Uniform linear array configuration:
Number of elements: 16
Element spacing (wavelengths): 0.5
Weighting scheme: cosine
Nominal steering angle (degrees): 60
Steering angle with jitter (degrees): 59.491
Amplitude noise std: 0.05
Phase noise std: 0.05

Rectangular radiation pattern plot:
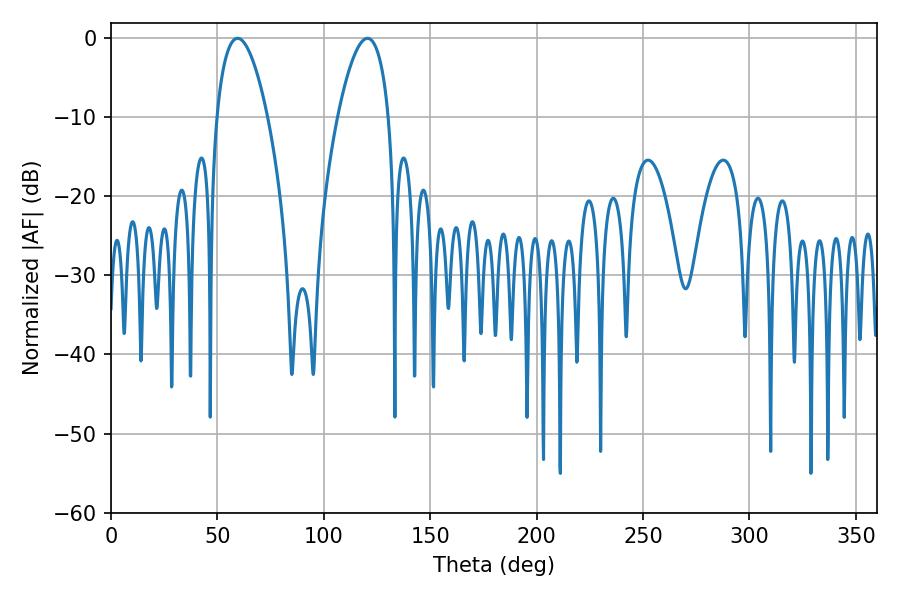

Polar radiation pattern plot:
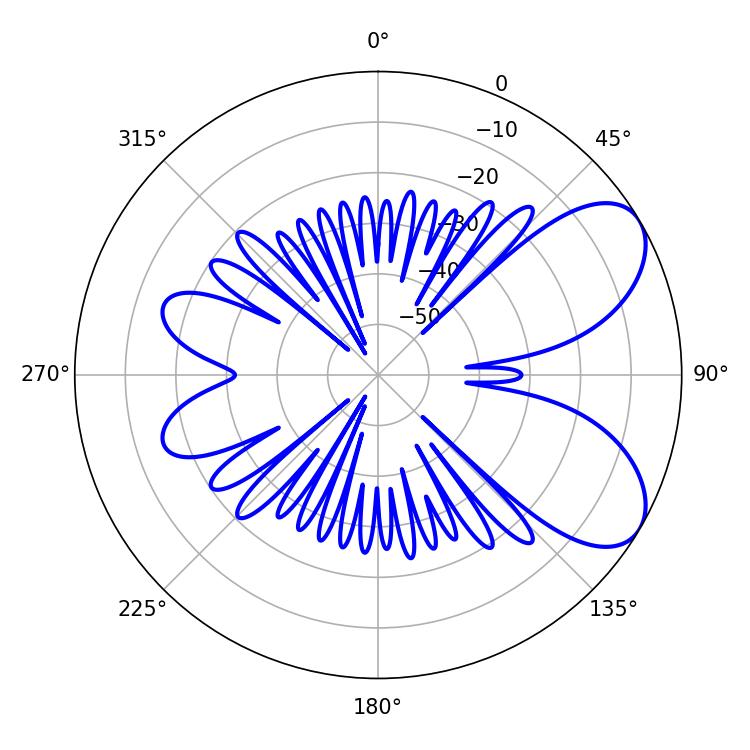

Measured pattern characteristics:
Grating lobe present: FALSE
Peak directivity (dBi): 6.806
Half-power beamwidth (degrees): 13.32
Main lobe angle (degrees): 59.4